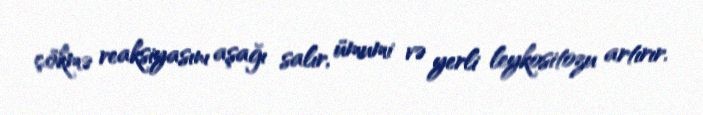
çökmə reaksiyasını aşağı salır, ümumi və yerli leykositozu artırır.